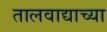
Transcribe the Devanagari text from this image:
तालवाद्याच्या